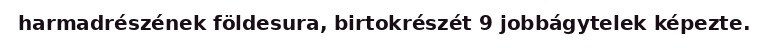
harmadrészének földesura, birtokrészét 9 jobbágytelek képezte.